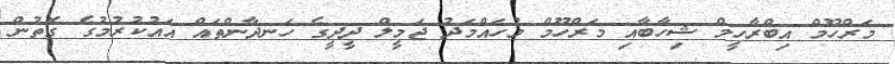
މަރްހޫމް އިބްރާހީމް ޝިހާބާއި މަރްހޫމް މުހައްމަދު ޖަމީލް ދީދީގެ ހަނދާންތައް އައުކުރުމުގެ ގޮތުން